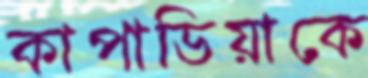
কাপাডিয়াকে